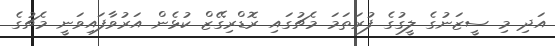
އަދި މި ސީޒަނުގެ ލީގުގެ ފުރަތަމަ މެޗުގައި ރޮޑްރިގޭޒް ކުޅެން އަރުވާފައިވަނީ މެޗުގެ